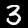
Label: 3